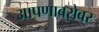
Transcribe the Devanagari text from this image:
आपणाबरोबर